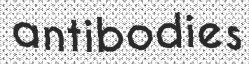
antibodies